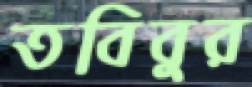
তবিবুর